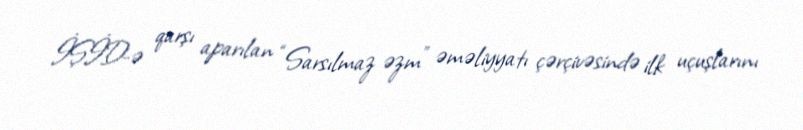
İŞİD-ə qarşı aparılan “Sarsılmaz əzm” əməliyyatı çərçivəsində ilk uçuşlarını